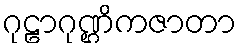
ဂုဠာဂုဏ္ဌိကဇာတာ